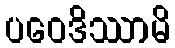
ပဝေဒိဿာမိ